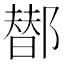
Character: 䣠